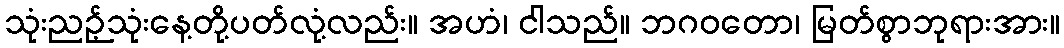
သုံးညဉ့်သုံးနေ့တို့ပတ်လုံ့လည်း။ အဟံ၊ ငါသည်။ ဘဂဝတော၊ မြတ်စွာဘုရားအား။